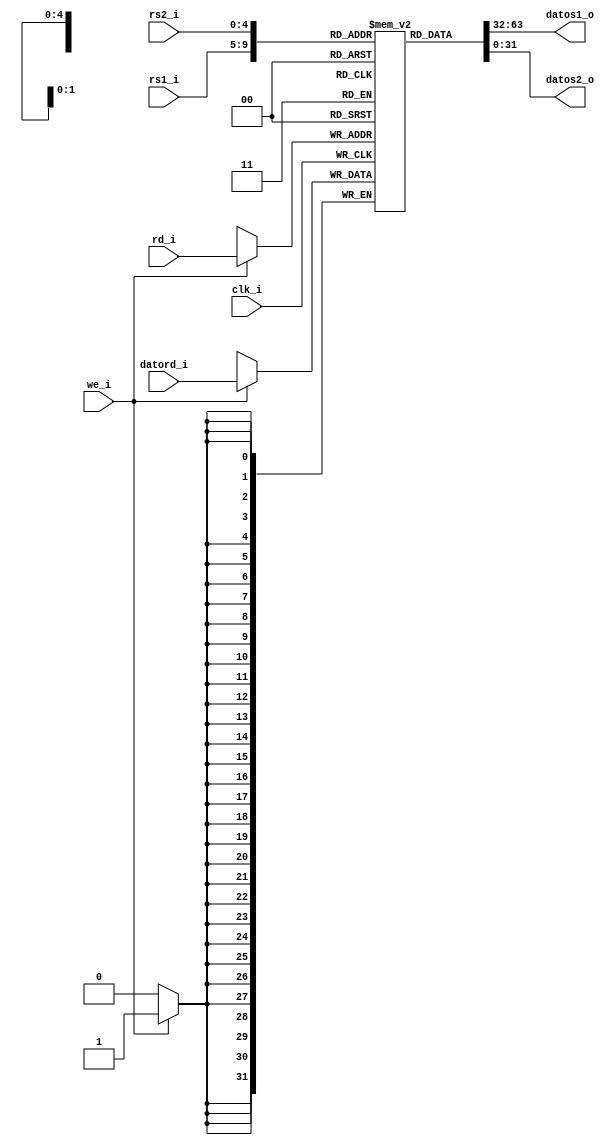
/*
	Grupo:			5CV3
	Proyecto:   	monociclo_FPGA
	Archivo:			regfile.v
	Equipo:			Equipo 3
	Integrantes:	Abraham Roman Ramrez
						Andrade Jimnez Jonathan 
						Brenda Vergara Martnez
						Kaleb Yael De La Rosa Gutirrez
						Osmar Alejandro Garcia Jimnez
	Descripcion: 	Este archivo es un banco de registros de 32 bits
						
*/
module regfile (
	input		[4:0]		rs1_i,
	input		[4:0]		rs2_i,
   input    [31:0]	datord_i,
	input		[4:0]		rd_i,
   input       		we_i,
   input       		clk_i,
	output	[31:0]	datos1_o,
	output	[31:0]	datos2_o
);

	// Definicion de memoria
	
	reg 		[31:0]registerfile[0:31];
	
	//* Lgica de lectura
	//puerto de lectura 1
    assign	datos1_o = registerfile[rs1_i];
	 //puerto de escritura 2
    assign	datos2_o = registerfile[rs2_i];

    // puerto de escritura
    always @(posedge clk_i) 
	 begin
        if (we_i) 
            registerfile[rd_i] <= datord_i;
    end

    

endmodule